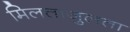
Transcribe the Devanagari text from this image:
मिलताजुलता